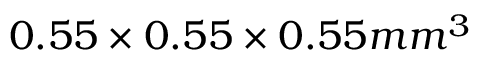
0 . 5 5 \times { 0 . 5 5 } \times { 0 . 5 5 m m ^ { 3 } }